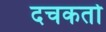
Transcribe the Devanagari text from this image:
दचकतो